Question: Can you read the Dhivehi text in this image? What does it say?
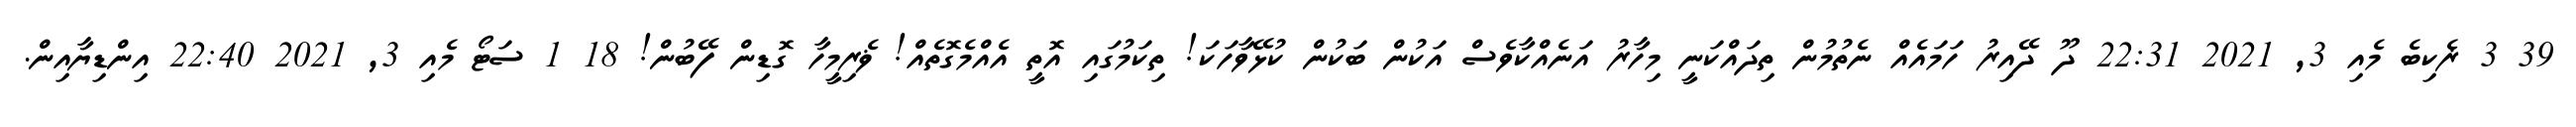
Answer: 39 3 ޜެކިބެ މެއި 3, 2021 22:31 ދޫ ދޭއިރު ހަމައެއް ނެތުމުން ތިދައްކަނީ މިހާރު އަނެއްކާވެސް އަކުން ބަކުން ކުޅޭވާހަކަ! ތިކަމުގައި އޮތީ އެއްމެގޮތެއް! ޥެރިމީހާ ގޮޑިން ފޭބުން! 18 1 ސަޓޯ މެއި 3, 2021 22:40 އިންޑިޔާއިން.